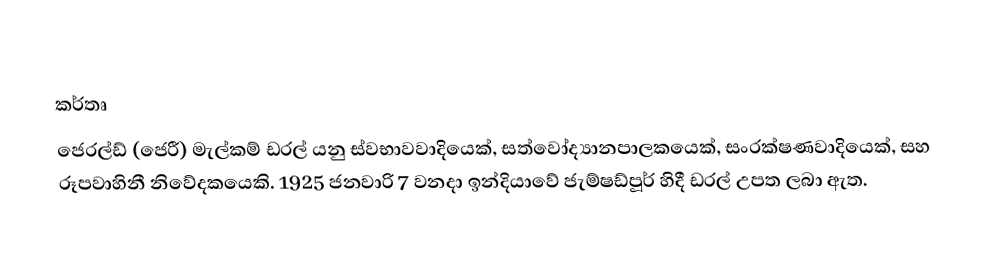

කර්තෘ
ජෙරල්ඩ් (ජෙරී) මැල්කම් ඩරල් යනු ස්වභාවවාදියෙක්, සත්වෝද්‍යානපාලකයෙක්, සංරක්ෂණවාදියෙක්, සහ රූපවාහිනී නිවේදකයෙකි. 1925 ජනවාරි 7 වනදා ඉන්දියාවේ ජැම්ෂඩ්පූර් හිදී ඩරල් උපත ලබා ඇත.